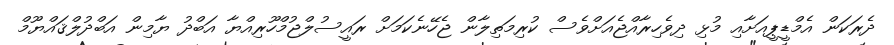
ދެރަކަން އެމްޑީޕީއަށާއި މުޅި ދިވެހިރާއްޖެއަށްވެސް ކުރިމަތިލާން ޖެހޭނެކަމަށް ރައީސުލްޖުމްހޫރިއްޔާ އަބްދު ޔާމިން އަބްދުލްޤައްޔޫމް